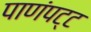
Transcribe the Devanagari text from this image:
पाणंपट्ट